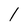
Character: 1